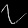
Digit: ၇